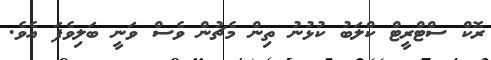
ރޮކް ސްޓްރީޓް ކްލަބު ކުޅުނު ތިން މެޗުން ވެސް ވަނީ ބަލިވެފަ އެވެ.